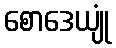
စောဒေယျုံ